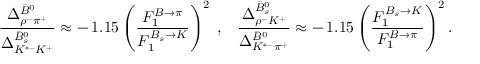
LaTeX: \frac { \Delta _ { \rho ^ { - } \pi ^ { + } } ^ { \bar { B } ^ { 0 } } } { \Delta _ { K ^ { * - } K ^ { + } } ^ { \bar { B } _ { s } ^ { 0 } } } \approx - \, 1 . 1 5 \left( \frac { F _ { 1 } ^ { B \to \pi } } { F _ { 1 } ^ { B _ { s } \to K } } \right) ^ { 2 } \; , \; \; \; \frac { \Delta _ { \rho ^ { - } K ^ { + } } ^ { \bar { B } _ { s } ^ { 0 } } } { \Delta _ { K ^ { * - } \pi ^ { + } } ^ { \bar { B } ^ { 0 } } } \approx - \, 1 . 1 5 \left( \frac { F _ { 1 } ^ { B _ { s } \to K } } { F _ { 1 } ^ { B \to \pi } } \right) ^ { 2 } .